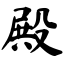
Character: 殿